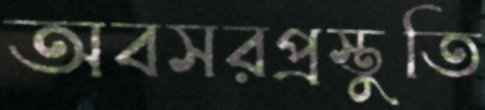
অবসরপ্রস্তুতি